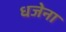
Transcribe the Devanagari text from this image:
धजेना